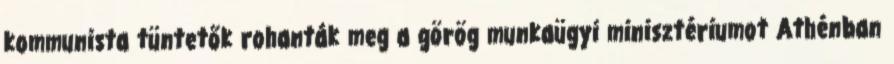
kommunista tüntetők rohanták meg a görög munkaügyi minisztériumot Athénban